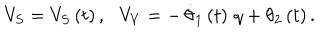
V _ { S } = V _ { S } \left( t \right) , \, \, \, \, V _ { V } = - \, \dot { \theta } _ { 1 } \left( t \right) \, q + \theta _ { 2 } \left( t \right) .